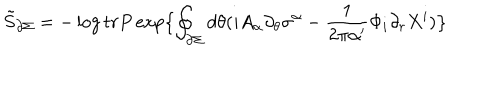
\tilde { S } _ { \partial \Sigma } = - \log t r P \exp \bigl \lbrace \oint _ { \partial \Sigma } d \theta ( i A _ { \alpha } \partial _ { \theta } \sigma ^ { \alpha } - \frac { 1 } { 2 \pi \alpha ^ { \prime } } \Phi _ { i } \partial _ { r } X ^ { i } ) \bigr \rbrace